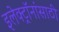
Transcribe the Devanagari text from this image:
इलेक्ट्रॉनांसाठी